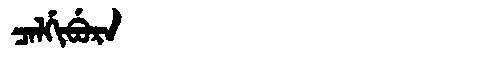
Manchu: ᠴᠠᠯᡤᡳᠪᡠᡵᠠ
Romanization: CALGIBURA